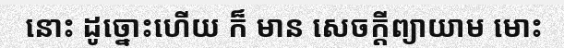
នោះ ដូច្នោះហើយ ក៏ មាន សេចក្តីព្យាយាម មោះ